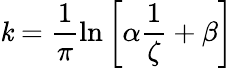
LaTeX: \mathit{k}=\frac{{1}}{{\pi}}\ln{\left[\alpha\frac{{1}}{{\zeta}}+\beta\right]}